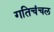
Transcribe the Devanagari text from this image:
गतिचंचल